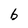
Character: b